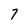
Character: 7